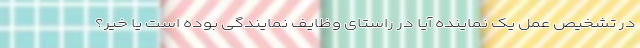
در تشخیص عمل یک نماینده آیا در راستای وظایف نمایندگی بوده است یا خیر؟